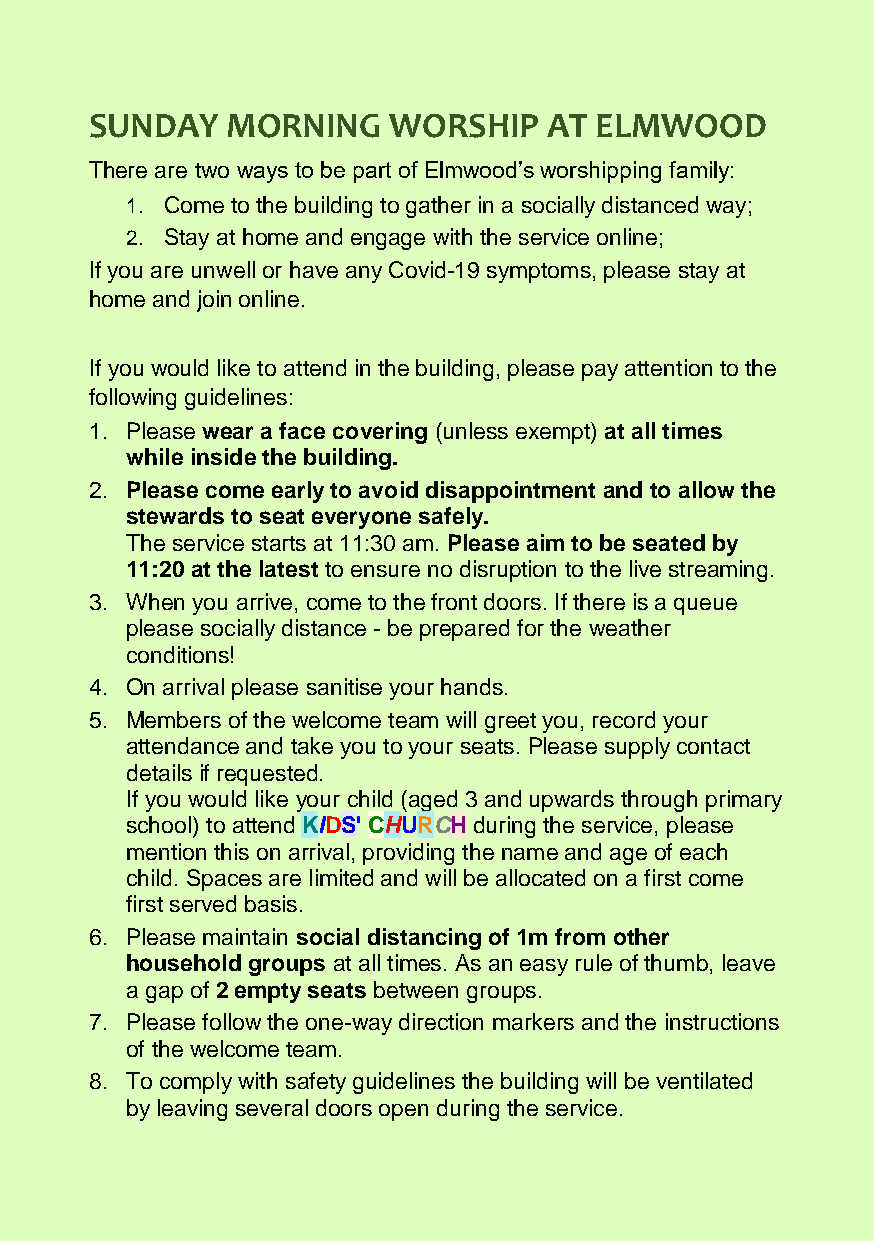
SUNDAY   MORNING    WORSHIP   AT ELMWOOD
 There are two ways to be part of Elmwood’s worshipping family:
 1. Come to the building to gather in a socially distanced way;
 2. Stay at home and engage with the service online;
 If you are unwell or have any Covid-19 symptoms, please stay at
 home and join online.
 If you would like to attend in the building, please pay attention to the
 following guidelines:
 1. Please wear a face covering (unless exempt) at all times
 while inside the building.
 2. Please come early to avoid disappointment and to allow the
 stewards to seat everyone safely.
 The service starts at 11:30 am. Please aim to be seated by
 11:20 at the latest to ensure no disruption to the live streaming.
 3. When you arrive, come to the front doors. If there is a queue
 please socially distance - be prepared for the weather
 conditions!
 4. On arrival please sanitise your hands.
 5. Members of the welcome team will greet you, record your
 attendance and take you to your seats. Please supply contact
 details if requested.
 If you would like your child (aged 3 and upwards through primary
 school) to attend KIDS' CHURCH during the service, please
 mention this on arrival, providing the name and age of each
 child. Spaces are limited and will be allocated on a first come
 first served basis.
 6. Please maintain social distancing of 1m from other
 household groups at all times. As an easy rule of thumb, leave
 a gap of 2 empty seats between groups.
 7. Please follow the one-way direction markers and the instructions
 of the welcome team.
 8. To comply with safety guidelines the building will be ventilated
 by leaving several doors open during the service.